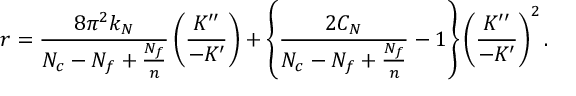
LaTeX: r = \frac { 8 \pi ^ { 2 } k _ { N } } { N _ { c } - N _ { f } + \frac { N _ { f } } { n } } \left( \frac { K ^ { \prime \prime } } { - K ^ { \prime } } \right) + \left\{ \frac { 2 C _ { N } } { N _ { c } - N _ { f } + \frac { N _ { f } } { n } } - 1 \right\} \left( \frac { K ^ { \prime \prime } } { - K ^ { \prime } } \right) ^ { 2 } .